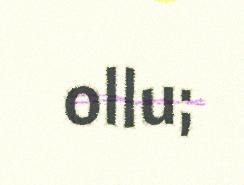
ollu;